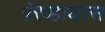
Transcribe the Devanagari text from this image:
पॅरव्हायरस